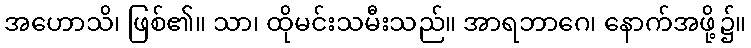
အဟောသိ၊ ဖြစ်၏။ သာ၊ ထိုမင်းသမီးသည်။ အာရဘာဂေ၊ နောက်အဖို့၌။